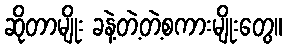
ဆိုတာမျိုး ခနဲ့တဲ့တဲ့စကားမျိုးတွေ။